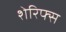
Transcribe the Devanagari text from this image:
शेरिफ्स